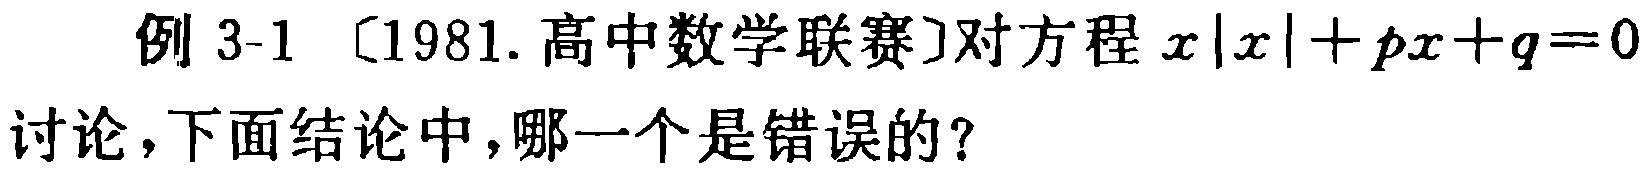
例 3-1 〔1981. 高中数学联赛〕对方程 \(x|x| + px + q = 0\) 讨论，下面结论中，哪一个是错误的？